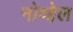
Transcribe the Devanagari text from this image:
नोव्हेल